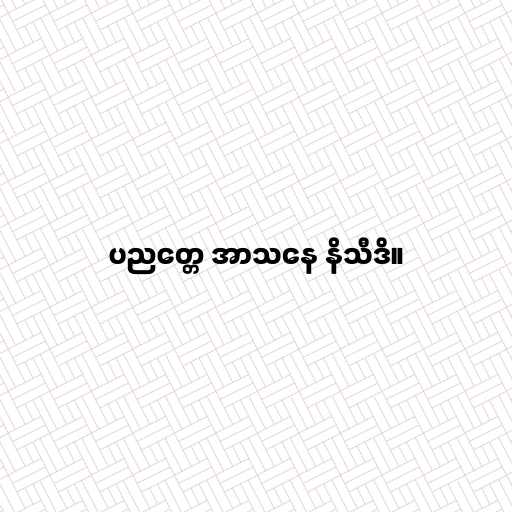
ပညတ္တေ အာသနေ နိသီဒိ။